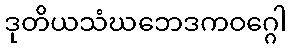
ဒုတိယသံဃဘေဒကဝဂ္ဂေါ